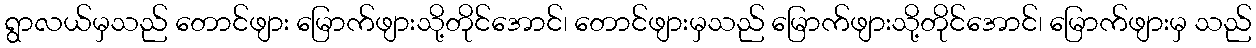
ရွာလယ်မှသည် တောင်ဖျား မြောက်ဖျားသို့တိုင်အောင်၊ တောင်ဖျားမှသည် မြောက်ဖျားသို့တိုင်အောင်၊ မြောက်ဖျားမှ သည်